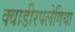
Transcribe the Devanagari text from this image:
क्वाडीरपलेगिया